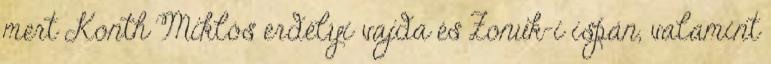
mert Konth Miklós erdélyi vajda és Zonuk-i ispán, valamint